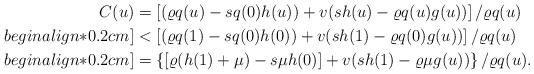
LaTeX: \begin{align*} C(u) &=\left[(\varrho q(u)-sq(0)h(u))+v(sh(u)-\varrho q(u)g(u))\right]/\varrho q(u)\\begin{align*}0.2cm] &<\left[(\varrho q(1)-sq(0)h(0))+v(sh(1)-\varrho q(0)g(u))\right]/\varrho q(u)\\begin{align*}0.2cm] &=\left\{\left[\varrho (h(1)+\mu)-s\mu h(0)\right]+v(sh(1)-\varrho \mu g(u))\right\}/\varrho q(u).\end{align*}